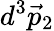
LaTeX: d^{3}{\vec{p}}_{2}